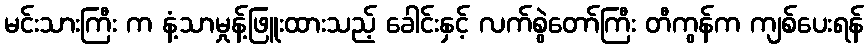
မင်းသားကြီး က နံ့သာမှုန့်ဖြူးထားသည့် ခေါင်းနှင့် လက်စွဲတော်ကြီး တီကွန်က ကျစ်ပေးရန်